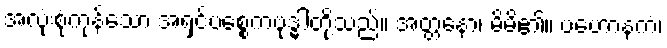
အလုံးစုံကုန်သော အရှင်ပစ္စေကဗုဒ္ဓါတို့သည်။ အတ္တနော၊ မိမိ၏။ ပဟောနကံ၊